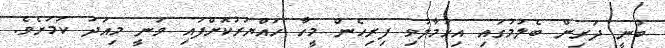
ބުނީ ދަރިން ބެލުމުގައި އިހުމާލުވި ފިރިހެން މީހާ ހައްޔަރުކޮށްފައި ވަނީ މިއަދު ކަމަށެވެ.